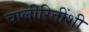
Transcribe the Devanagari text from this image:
चालीरितींशी